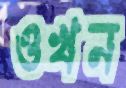
ওখন